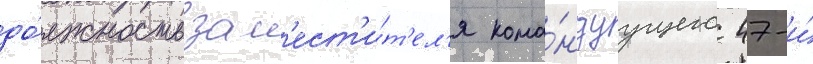
до́лжность зам'ест'и́т'ел'я кома́ндуущего 47-и́